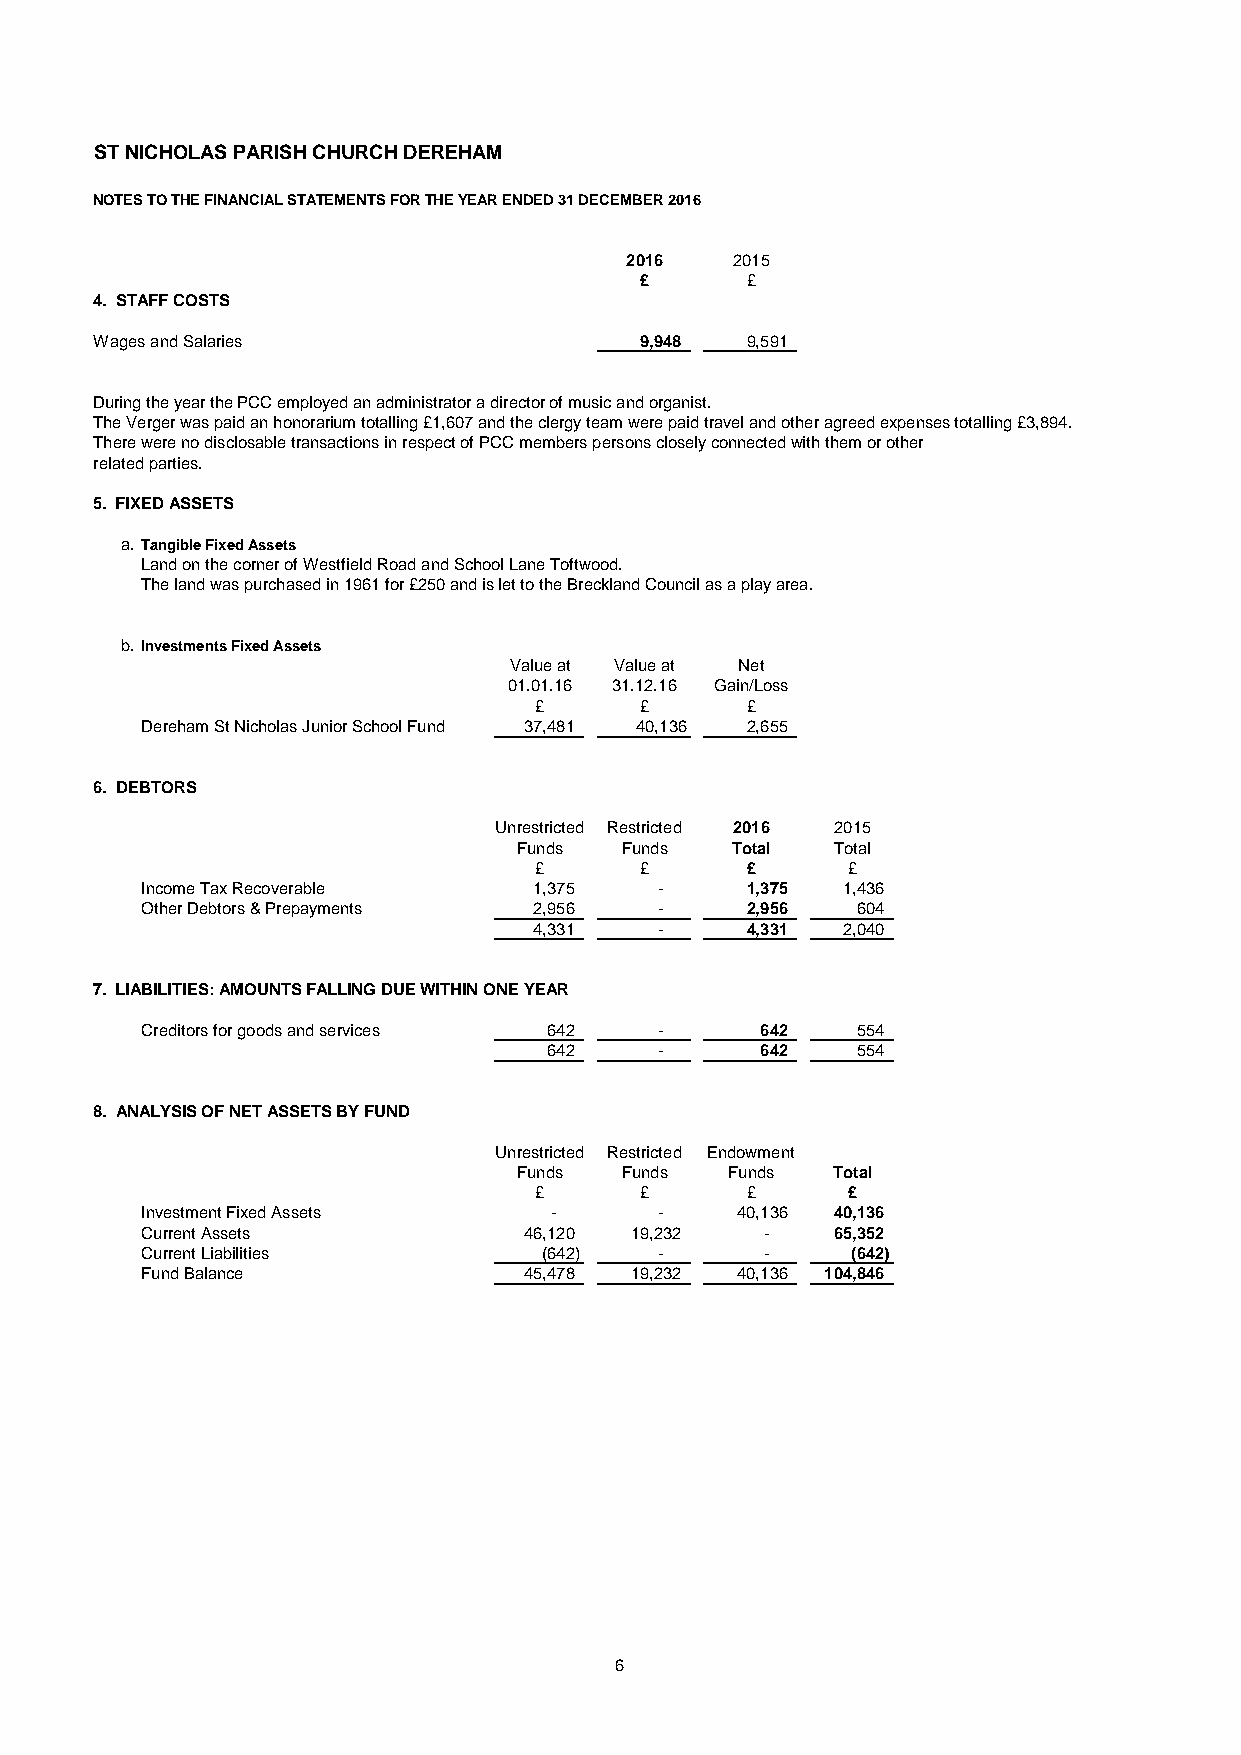
ST NICHOLAS PARISH CHURCH DEREHAM
 NOTES TO THE FINANCIAL STATEMENTS FOR THE YEAR ENDED 31 DECEMBER 2016
 2016   2015
 £      £
 4. STAFF COSTS
 Wages and Salaries                  9,948  9,591
 During the year the PCC employed an administrator a director of music and organist.
 The Verger was paid an honorarium totalling £1,607 and the clergy team were paid travel and other agreed expenses totalling £3,894.
 There were no disclosable transactions in respect of PCC members persons closely connected with them or other
 related parties.
 5. FIXED ASSETS
 a. Tangible Fixed Assets
 Land on the corner of Westfield Road and School Lane Toftwood.
 The land was purchased in 1961 for £250 and is let to the Breckland Council as a play area.
 b. Investments Fixed Assets
 Value at Value at Net
 01.01.16 31.12.16 Gain/Loss
 £      £      £
 Dereham St Nicholas Junior School Fund 37,481 40,136 2,655
 6. DEBTORS
 Unrestricted Restricted 2016 2015
 Funds  Funds  Total  Total
 £      £      £      £
 Income Tax Recoverable    1,375    -    1,375  1,436
 Other Debtors & Prepayments 2,956  -    2,956   604
 4,331    -    4,331  2,040
 7. LIABILITIES: AMOUNTS FALLING DUE WITHIN ONE YEAR
 Creditors for goods and services 642 -   642    554
 642     -     642    554
 8. ANALYSIS OF NET ASSETS BY FUND
 Unrestricted Restricted Endowment
 Funds  Funds  Funds  Total
 £      £      £      £
 Investment Fixed Assets    -       -    40,136 40,136
 Current Assets            46,120 19,232   -   65,352
 Current Liabilities        (642)   -      -    (642)
 Fund Balance              45,478 19,232 40,136 104,846
 6